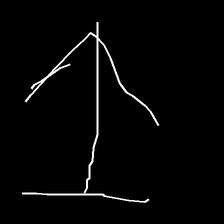
Glyph: levitation